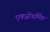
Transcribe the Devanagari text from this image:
एक्जोथर्मिक